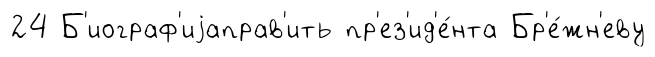
24 Б'иограф'иjаправ'ить пр'ез'ид'е́нта Бр'е́жн'еву